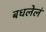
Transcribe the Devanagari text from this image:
बधलेलं